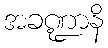
အခဏ္ဍာနိ